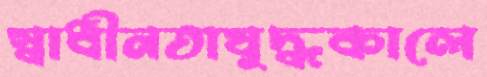
স্বাধীনতাযুদ্ধকালে